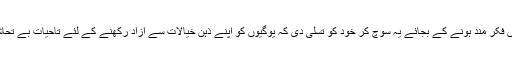
ذہنی فراغت کے بارے میں فکر مند ہونے کے بجائے یہ سوچ کر خود کو تسلی دی کہ یوگیوں کو اپنے ذہن خیالات سے آزاد رکھنے کے لئے تاحیات بے تحاشہ ریاضت کرنا ہوتی ہے۔